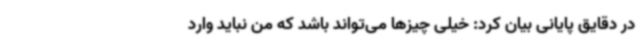
در دقایق پایانی بیان کرد: خیلی چیزها می‌تواند باشد که من نباید وارد